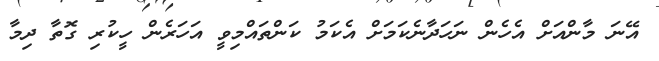
އޭނަ މާންއަށް އެހެން ނަހަދާނެކަމަށް އެކަމު ކަންތައްމިވީ އަހަރެން ހީކުރި ގޮތާ ދިމާ